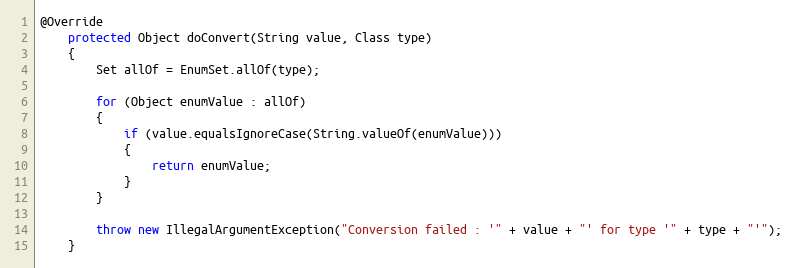
Language: Java
@Override
	protected Object doConvert(String value, Class type)
	{
		Set allOf = EnumSet.allOf(type);

		for (Object enumValue : allOf)
		{
			if (value.equalsIgnoreCase(String.valueOf(enumValue)))
			{
				return enumValue;
			}
		}

		throw new IllegalArgumentException("Conversion failed : '" + value + "' for type '" + type + "'");
	}